Civil Veterinary Dept. Assam report 1927-50 - 1927-1950
Year: 1927
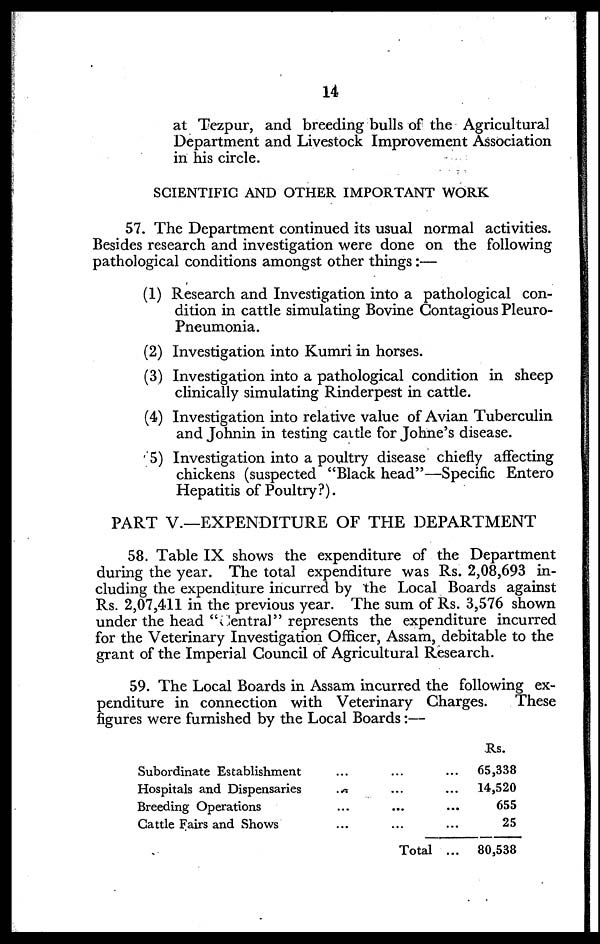
14
at Tezpur, and breeding bulls of the Agricultural
Department and Livestock Improvement Association
in his circle.
SCIENTIFIC AND OTHER IMPORTANT WORK
57. The Department continued its usual normal activities.
Besides research and investigation were done on the following
pathological conditions amongst other things:—
(1) Research and Investigation into a pathological con-
dition in cattle simulating Bovine Contagious Pleuro-
pneumonia.
(2) Investigation into Kumri in horses.
(3) Investigation into a pathological condition in sheep
clinically simulating Rinderpest in cattle.
(4) Investigation into relative value of Avian Tuberculin
and Johnin in testing cattle for Johne's disease.
(5) Investigation into a poultry disease chiefly affecting
chickens (suspected "Black head"—Specific Entero
Hepatitis of Poultry?).
PART V.—EXPENDITURE OF THE DEPARTMENT
58. Table IX shows the expenditure of the Department
during the year. The total expenditure was Rs. 2,08,693 in-
cluding the expenditure incurred by the Local Boards against
Rs. 2,07,411 in the previous year. The sum of Rs. 3,576 shown
under the head "Central" represents the expenditure incurred
for the Veterinary Investigation Officer, Assam, debitable to the
grant of the Imperial Council of Agricultural Research.
59. The Local Boards in Assam incurred the following ex-
penditure in connection with Veterinary Charges.
These
figures were furnished by the Local Boards:—
Subordinate Establishment
Hospitals and Dispensaries
Breeding Operations
Cattle Fairs and Shows
...
...
...
...
...
...
...
...
Total
...
...
...
...
...
Rs.
65,338
14,520
655
25
80,538